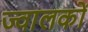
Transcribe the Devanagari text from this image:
ज्वालकों